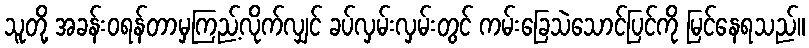
သူတို့ အခန်းဝရန်တာမှကြည့်လိုက်လျှင် ခပ်လှမ်းလှမ်းတွင် ကမ်းခြေသဲသောင်ပြင်ကို မြင်နေရသည်။